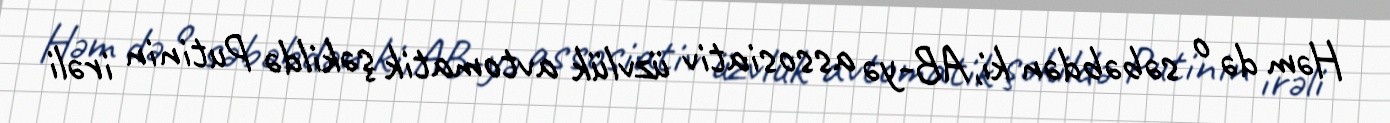
Həm də o səbəbdən ki, AB-yə assosiativ üzvlük avtomatik şəkildə Putinin irəli